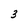
Character: 3